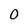
Character: O